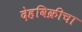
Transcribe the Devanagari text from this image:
देहविक्रीचा